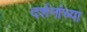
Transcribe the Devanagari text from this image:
दर्शनांच्या